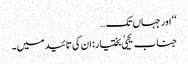
‘‘ اور جہاں تک…
جناب یحییٰ بختیار: ان کی تائید میں۔